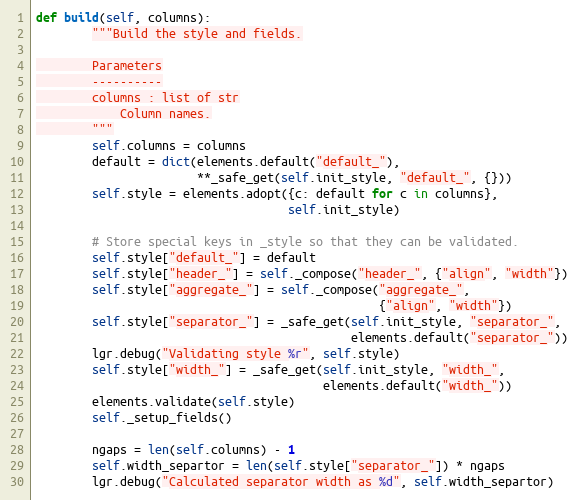
Language: Python
def build(self, columns):
        """Build the style and fields.

        Parameters
        ----------
        columns : list of str
            Column names.
        """
        self.columns = columns
        default = dict(elements.default("default_"),
                       **_safe_get(self.init_style, "default_", {}))
        self.style = elements.adopt({c: default for c in columns},
                                    self.init_style)

        # Store special keys in _style so that they can be validated.
        self.style["default_"] = default
        self.style["header_"] = self._compose("header_", {"align", "width"})
        self.style["aggregate_"] = self._compose("aggregate_",
                                                 {"align", "width"})
        self.style["separator_"] = _safe_get(self.init_style, "separator_",
                                             elements.default("separator_"))
        lgr.debug("Validating style %r", self.style)
        self.style["width_"] = _safe_get(self.init_style, "width_",
                                         elements.default("width_"))
        elements.validate(self.style)
        self._setup_fields()

        ngaps = len(self.columns) - 1
        self.width_separtor = len(self.style["separator_"]) * ngaps
        lgr.debug("Calculated separator width as %d", self.width_separtor)